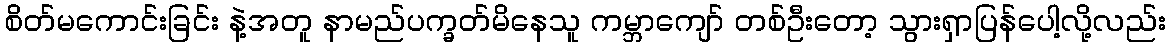
စိတ်မကောင်းခြင်း နဲ့အတူ နာမည်ပက္ခတ်မိနေသူ ကမ္ဘာကျော် တစ်ဦးတော့ သွားရှာပြန်ပေါ့လို့လည်း